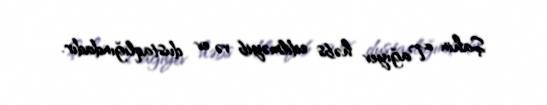
Şahin Tağıyev həbs edilməyib və ev dustaqlığındadır.